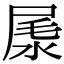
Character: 㞙